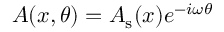
A ( x , \theta ) = A _ { \mathrm { s } } ( x ) e ^ { - i \omega \theta }